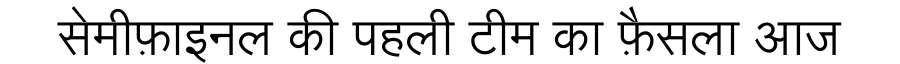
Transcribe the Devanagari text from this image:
सेमीफ़ाइनल की पहली टीम का फ़ैसला आज